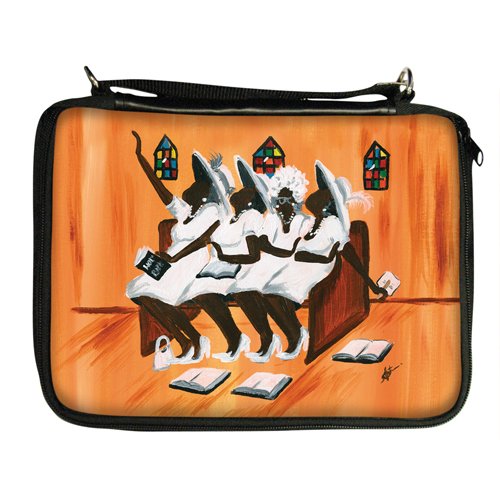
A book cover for Church Ladies Bible Cover; African American Expressions; Christian Books & Bibles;